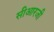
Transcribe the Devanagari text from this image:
सीआरजी